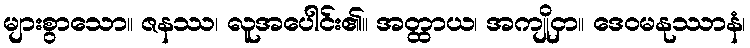
များစွာသော။ ဇနဿ၊ လူအပေါင်း၏။ အတ္ထာယ၊ အကျိုငှာ။ ဒေဝမနုဿာနံ၊